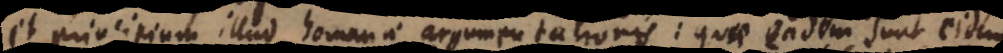
et principium illud humanae argumentationis: quae eadem sunt eidem